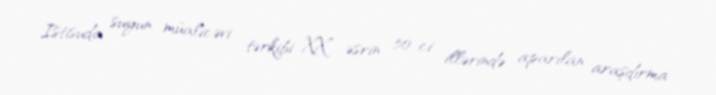
Istisuda suyun müalicəvi tərkibi XX əsrin 50-ci illərində aparılan araşdırma